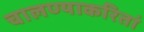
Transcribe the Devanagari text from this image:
चालण्याकरितां